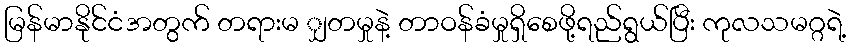
မြန်မာနိုင်ငံအတွက် တရားမ ျှတမှုနဲ့ တာဝန်ခံမှုရှိစေဖို့ရည်ရွယ်ပြီး ကုလသမဂ္ဂရဲ့